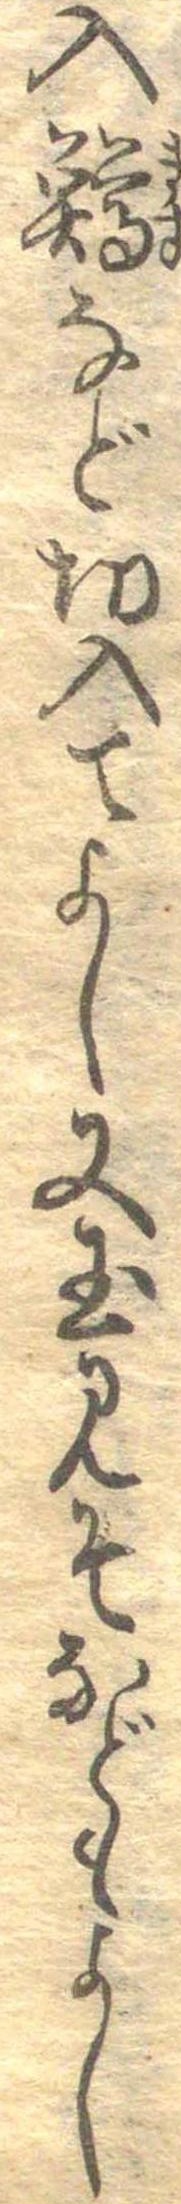
入鱒など切入てよし又玉みそなどもよし